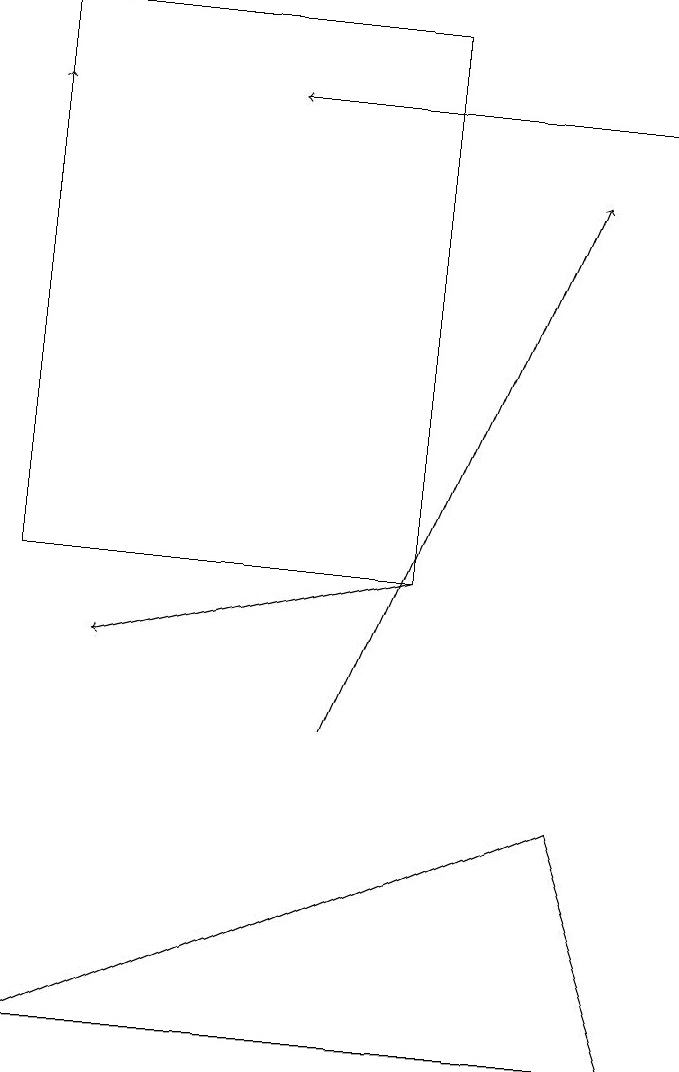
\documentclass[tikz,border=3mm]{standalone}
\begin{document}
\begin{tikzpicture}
\draw (5,19) rectangle (0,12);
\draw[->] (8,18) -- (3,18);
\draw[->] (5,12) -- (1,11);
\draw[->] (0,12) -- (0,18);
\draw[->] (4,10) -- (7,17);
\draw (0,6) -- (7,9) -- (8,6) -- cycle;
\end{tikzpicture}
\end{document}